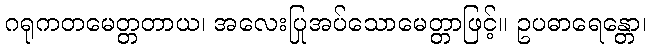
ဂရုကတမေတ္တတာယ၊ အလေးပြုအပ်သောမေတ္တာဖြင့်။ ဥပဓာရေန္တော၊